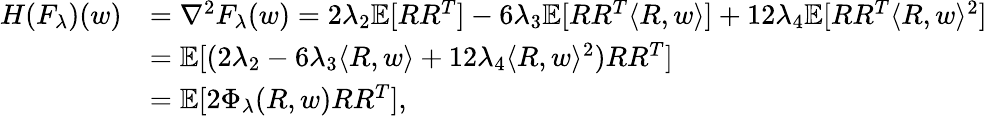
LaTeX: \begin{array}{rl}{H(F_{\lambda})(w)}&{=\nabla^{2}F_{\lambda}(w)=2\lambda_{2}\mathbb{E}[RR^{T}]-6\lambda_{3}\mathbb{E}[RR^{T}\langle R,w\rangle]+12\lambda_{4}\mathbb{E}[RR^{T}\langle R,w\rangle^{2}]}\\ &{=\mathbb{E}[(2\lambda_{2}-6\lambda_{3}\langle R,w\rangle+12\lambda_{4}\langle R,w\rangle^{2})RR^{T}]}\\ &{=\mathbb{E}[2\Phi_{\lambda}(R,w)RR^{T}],}\end{array}